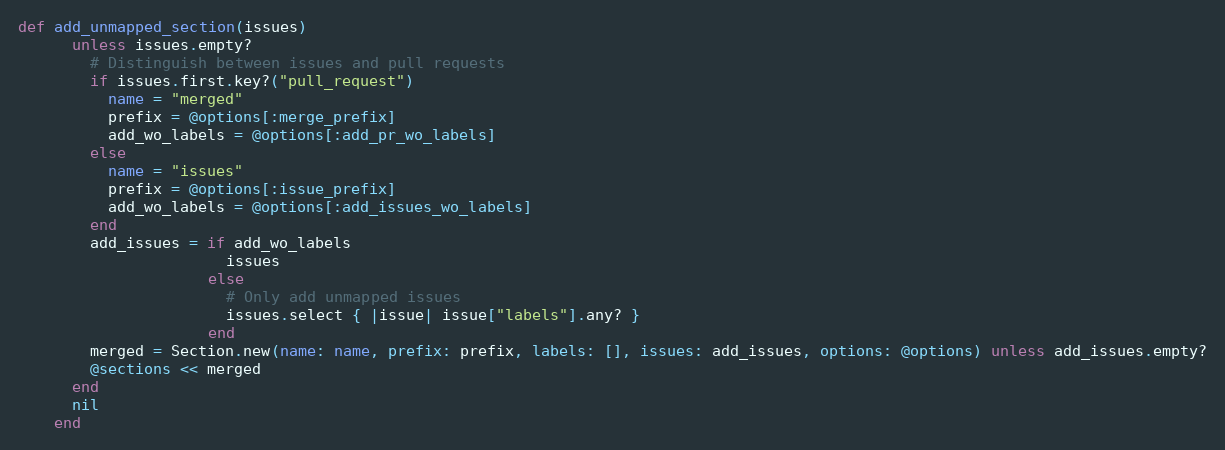
Language: Ruby
def add_unmapped_section(issues)
      unless issues.empty?
        # Distinguish between issues and pull requests
        if issues.first.key?("pull_request")
          name = "merged"
          prefix = @options[:merge_prefix]
          add_wo_labels = @options[:add_pr_wo_labels]
        else
          name = "issues"
          prefix = @options[:issue_prefix]
          add_wo_labels = @options[:add_issues_wo_labels]
        end
        add_issues = if add_wo_labels
                       issues
                     else
                       # Only add unmapped issues
                       issues.select { |issue| issue["labels"].any? }
                     end
        merged = Section.new(name: name, prefix: prefix, labels: [], issues: add_issues, options: @options) unless add_issues.empty?
        @sections << merged
      end
      nil
    end